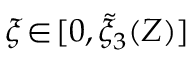
\xi \! \in \! [ 0 , \tilde { \xi } _ { 3 } ( Z ) ]